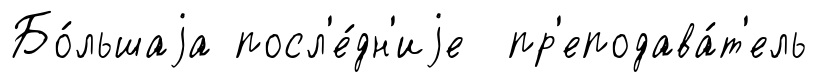
Бо́льшаjа посл'е́дн'иjе пр'еподава́т'ель